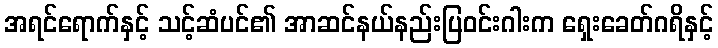
အရင်ရောက်နှင့် သင့်ဆံပင်၏ အာဆင်နယ်နည်းပြဝင်းဂါးက ရှေးခေတ်ဂရိနှင့်